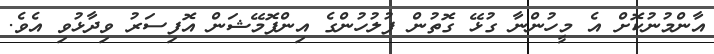
އާންމުނުކޮށް އެ މީހުންނާ ގުޅޭ ގޮތުން ފުލުހުންގެ އިންފޮމޭޝަން އޮފިސަރު ވިދާޅުވި އެވެ.